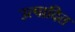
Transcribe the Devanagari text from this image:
उत्पादित